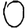
Digit: 0